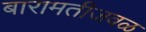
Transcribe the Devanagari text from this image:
बारामतीजवळ